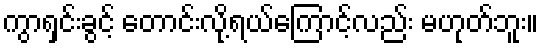
ကွာရှင်းခွင့် တောင်းလို့ရယ်ကြောင့်လည်း မဟုတ်ဘူး။